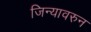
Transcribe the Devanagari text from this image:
जिन्यावरुन